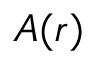
A ( r )